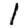
Digit: 1